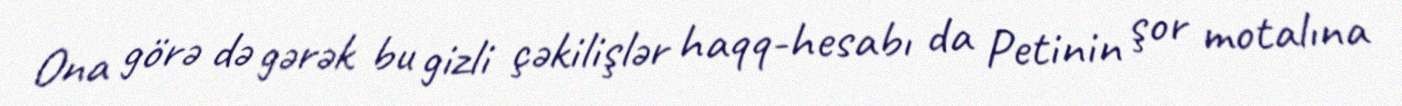
Ona görə də gərək bu gizli çəkilişlər haqq-hesabı da Petinin şor motalına